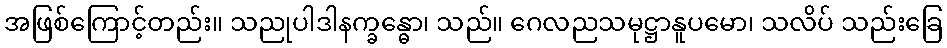
အဖြစ်ကြောင့်တည်း။ သညုပါဒါနက္ခန္ဓော၊ သည်။ ဂေလညသမုဋ္ဌာနူပမော၊ သလိပ် သည်းခြေ